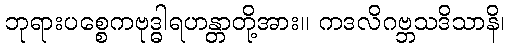
ဘုရားပစ္စေကဗုဒ္ဓါရဟန္တာတို့အား။ ကဒလိဂဗ္ဘသဒိသာနိ၊